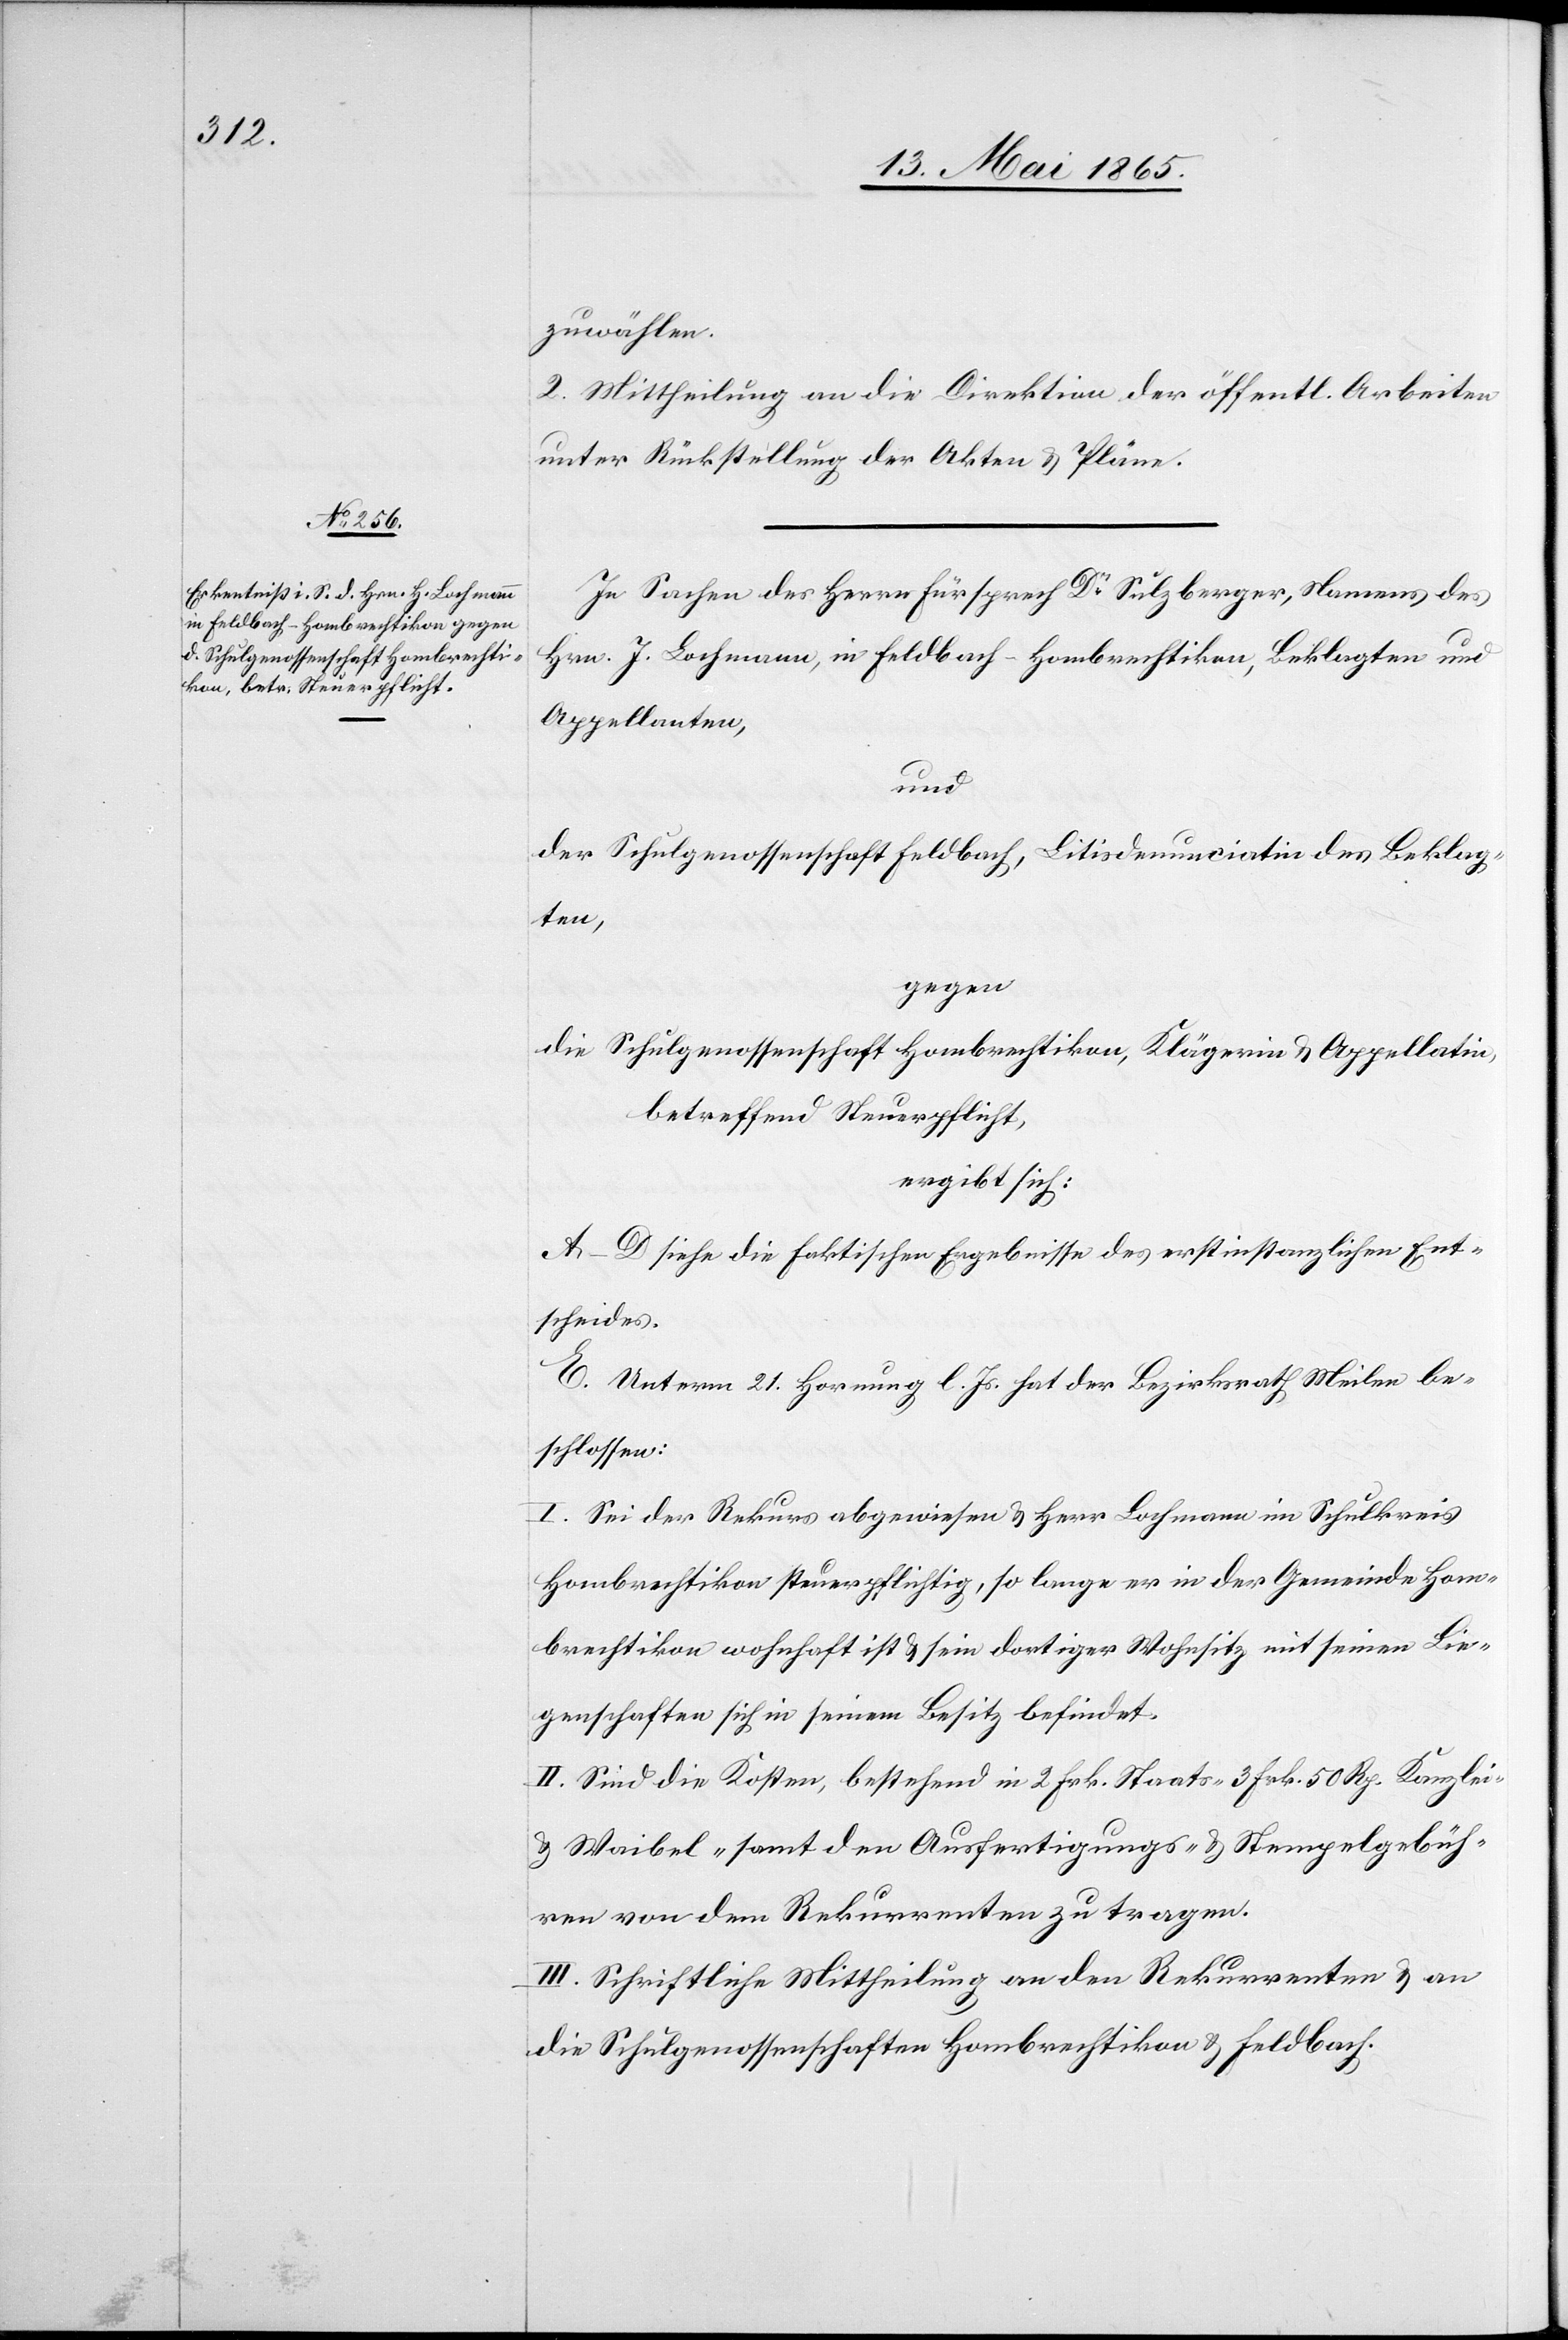
zuwählen.
2. Mittheilung an die Direktion der öffentlichen Arbeiten
unter Rückstellung der Akten & Pläne.
In Sachen des Herrn Fürsprech Dr Sulzberger, Namens des
Hrn. J. [sic!] Lochmann, in Feldbach-Hombrechtikon, Beklagten und
Appellanten,
und
der Schulgenossenschaft Feldbach, Litisdenunciatin des Beklag¬
ten,
gegen
die Schulgenossenschaft Hombrechtikon, Klägerin & Appellatin,
betreffend Steuerpflicht,
ergibt sich:
A–D siehe die faktischen Ergebnisse des erstinstanzlichen Ent¬
scheides.
E. Unterm 21. Hornung l. Js. hat der Bezirksrath Meilen be¬
schlossen:
I. Sei der Rekurs abgewiesen & Herr Lochmann im Schulkreis
Hombrechtikon steuerpflichtig, so lange er in der Gemeinde Hom¬
brechtikon wohnhaft ist & sein dortiger Wohnsitz mit seinen Lie¬
genschaften sich in seinem Besitz befindet.
II. Sind die Kosten, bestehend in 2 Frk. Staats-[,] 3 Frk. 50 Rp. Kanzlei-
& Waibel- samt den Ausfertigungs- & Stempelgebüh¬
ren von den Rekurrenten zu tragen.
III. Schriftliche Mittheilung an den Rekurrenten & an
die Schulgenossenschaften Hombrechtikon & Feldbach.